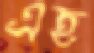
এহ